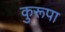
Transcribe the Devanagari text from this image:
कुरूपा